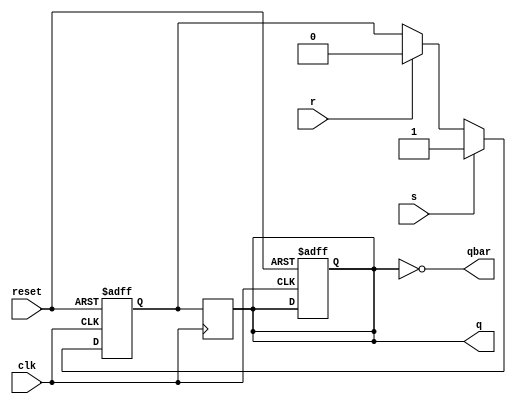
module master_slave_sr_ff (
    input clk,
    input reset,
    input s,
    input r,
    output q,
    output qbar
);

reg master_out, slave_out;

always @(posedge clk or posedge reset) begin
    if (reset) begin
        master_out <= 1'b0;
        slave_out <= 1'b1;
    end else begin
        if(s) begin
            master_out <= 1'b1;
        end else begin
            if(r) begin
                master_out <= 1'b0;
            end
        end
    end
end

always @(posedge clk) begin
    slave_out <= master_out;
end

assign q = slave_out;
assign qbar = ~slave_out;

endmodule